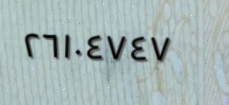
٢٦١٠٤٧٤٧